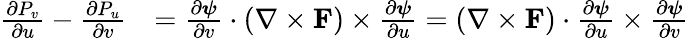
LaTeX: {\begin{array}{rl}{{\frac{\partial P_{v}}{\partial u}}-{\frac{\partial P_{u}}{\partial v}}}&{={\frac{\partial{\boldsymbol{\psi}}}{\partial v}}\cdot(\nabla\times\mathbf{F})\times{\frac{\partial{\boldsymbol{\psi}}}{\partial u}}=(\nabla\times\mathbf{F})\cdot{\frac{\partial{\boldsymbol{\psi}}}{\partial u}}\times{\frac{\partial{\boldsymbol{\psi}}}{\partial v}}}\end{array}}